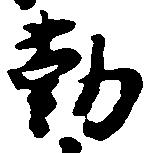
勤